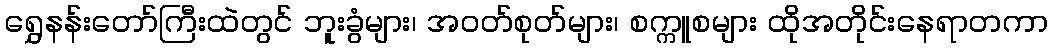
ရွှေနန်းတော်ကြီးထဲတွင် ဘူးခွံများ၊ အဝတ်စုတ်များ၊ စက္ကူစများ ထိုအတိုင်းနေရာတကာ